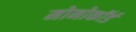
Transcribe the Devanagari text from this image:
मोनोकॉर्ड